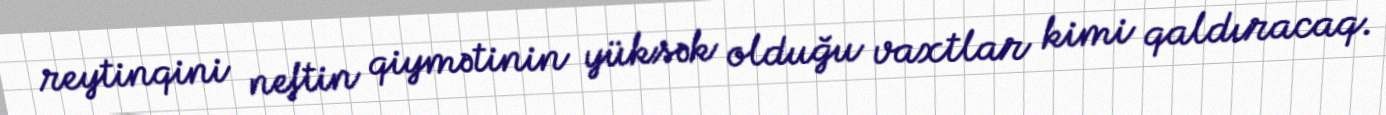
reytinqini neftin qiymətinin yüksək olduğu vaxtlar kimi qaldıracaq.